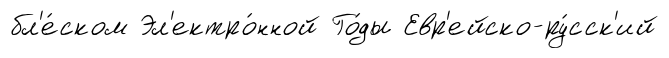
бл'е́ском Эл'ектро́нной Го́ды Евр'ейско-ру́сск'ий